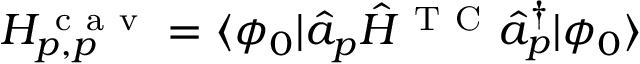
H _ { p , p } ^ { \mathrm { ~ c ~ a ~ v ~ } } = \langle \phi _ { 0 } | \hat { a } _ { p } \hat { H } ^ { \mathrm { ~ T ~ C ~ } } \hat { a } _ { p } ^ { \dagger } | \phi _ { 0 } \rangle